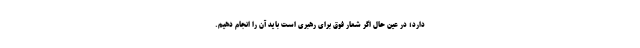
دارد؛ در عین حال اگر شعار فوق برای رهبری است باید آن را انجام دهیم.